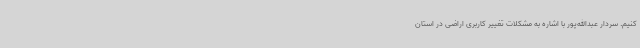
کنیم. سردار عبدالله‌پور با اشاره به مشکلات تغییر کاربری اراضی در استان